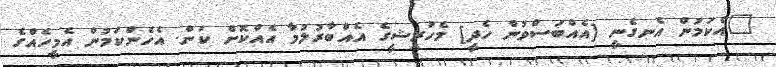
"އެކަމުން އެނގެނީ [އެއްބަސްވުން ހެދީ] މެހުރީޝީގެ އެއްބާރުލުމާ އެއްކޮށް ކަން. އެހެންކަމުން އެމީހެއްގެ